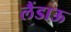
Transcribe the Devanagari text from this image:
लैंडाऊ